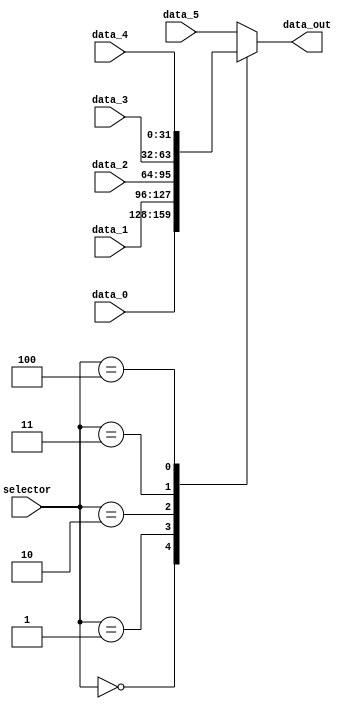
module mux_6to1 (
    input   wire    [2:0]   selector,
    input   wire    [31:0]  data_0,
    input   wire    [31:0]  data_1,
    input   wire    [31:0]  data_2,
    input   wire    [31:0]  data_3,
    input   wire    [31:0]  data_4,
    input   wire    [31:0]  data_5,
    output  reg	    [31:0]  data_out
);

    always @(*) begin
        case (selector)
            3'b000: data_out = data_0;
            3'b001: data_out = data_1;
            3'b010: data_out = data_2;
            3'b011: data_out = data_3;
            3'b100: data_out = data_4;
            default: data_out = data_5;
        endcase
    end     

endmodule